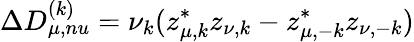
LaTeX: \Delta D_{\mu,nu}^{(k)}=\nu_{k}(z_{\mu,k}^{*}z_{\nu,k}-z_{\mu,-k}^{*}z_{\nu,-k})